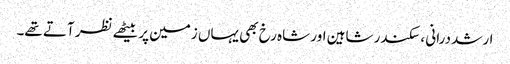
ارشد درانی ، سکندر شاہین اور شاہ رخ بھی یہاں زمین پر بیٹھے نظر آتے تھے۔